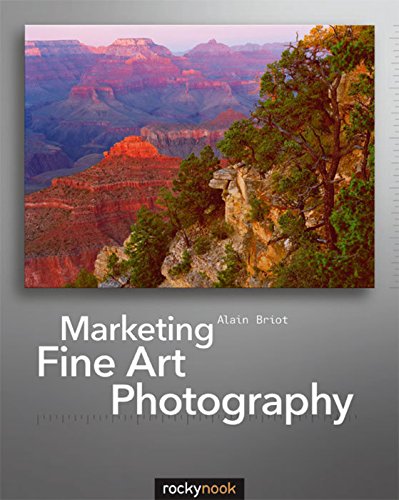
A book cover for Marketing Fine Art Photography; Alain Briot; Arts & Photography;